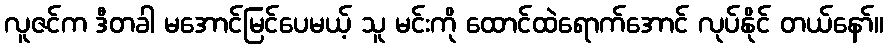
လူဇင်က ဒီတခါ မအောင်မြင်ပေမယ့် သူ မင်းကို ထောင်ထဲရောက်အောင် လုပ်နိုင် တယ်နော်။